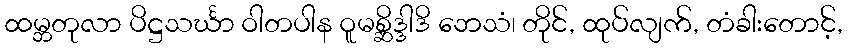
ထမ္ဘတုလာ ပိဋ္ဌသင်္ဃာ ဝါတပါန ဝူမစ္ဆိဒ္ဒါဒိ ဘေသံ၊ တိုင်, ထုပ်လျက်, တံခါးတောင့်,